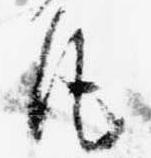
凡